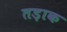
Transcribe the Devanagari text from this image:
तड़ाक